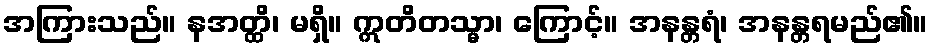
အကြားသည်။ နအတ္ထိ၊ မရှိ။ ဣတိတသ္မာ၊ ကြောင့်။ အနန္တရံ၊ အနန္တရမည်၏။